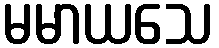
မမာယသေ